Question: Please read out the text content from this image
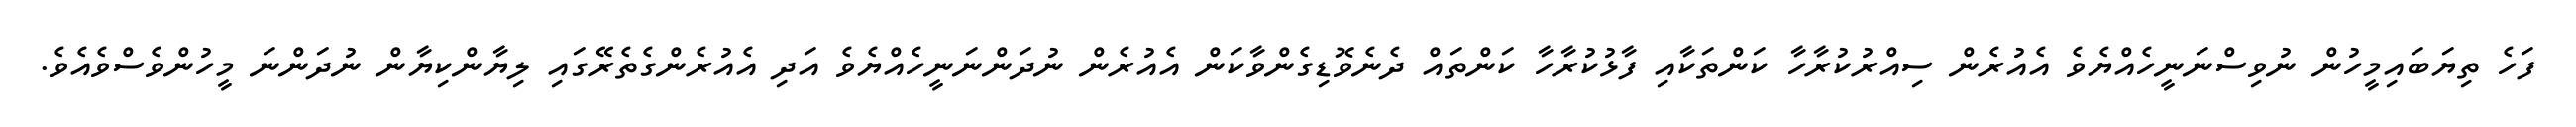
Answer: ފަހެ ތިޔަބައިމީހުން ނުވިސްނަނީހެއްޔެވެ އެއުރެން ސިއްރުކުރާހާ ކަންތަކާއި ފާޅުކުރާހާ ކަންތައް ދެނެވޮޑިގެންވާކަން އެއުރެން ނުދަންނަނީހެއްޔެވެ އަދި އެއުރެންގެތެރޭގައި ލިޔާންކިޔާން ނުދަންނަ މީހުންވެސްވެއެވެ.